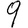
Digit: 9